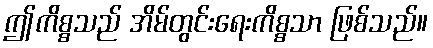
ဤကိစ္စသည် အိမ်တွင်းရေးကိစ္စသာ ဖြစ်သည်။